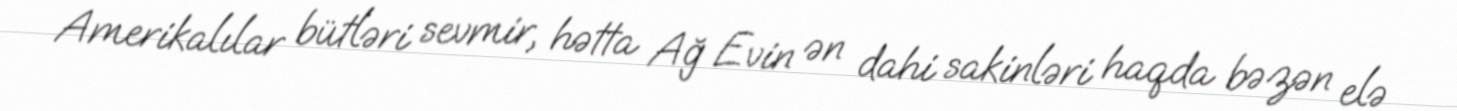
Amerikalılar bütləri sevmir, hətta Ağ Evin ən dahi sakinləri haqda bəzən elə